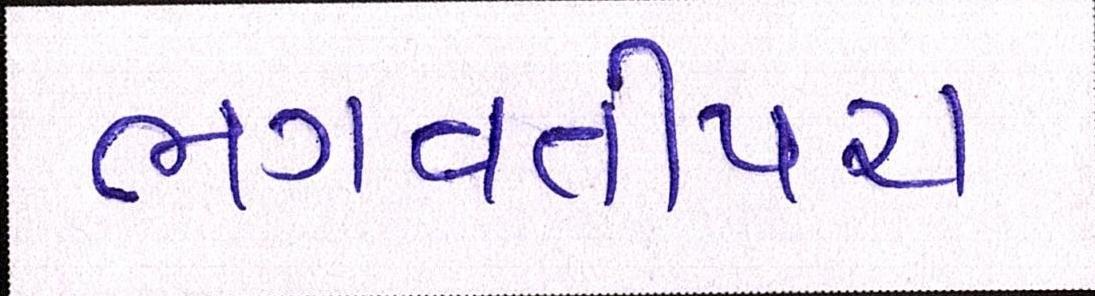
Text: ભગવતીપરા